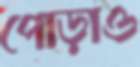
পোড়াও